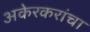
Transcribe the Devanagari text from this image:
अकेरकरांचा